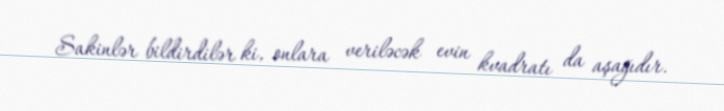
Sakinlər bildirdilər ki, onlara veriləcək evin kvadratı da aşağıdır.